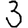
Digit: 3